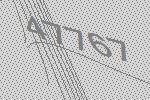
47767